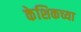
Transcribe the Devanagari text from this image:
केशिकच्या